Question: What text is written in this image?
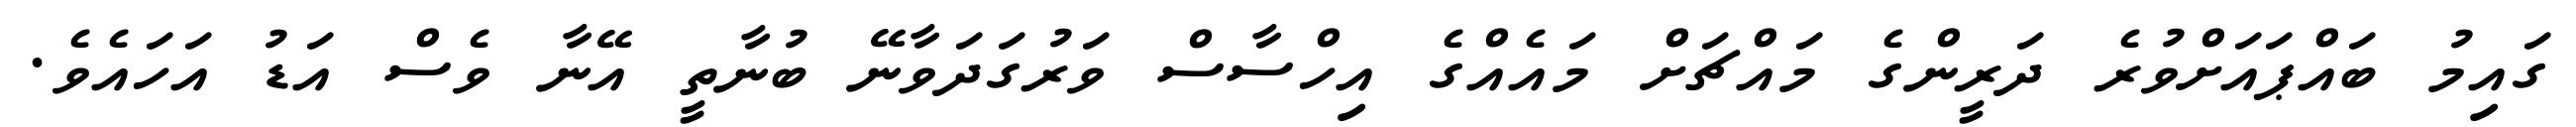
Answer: ގައިމު ބައްޕައަށްވުރެ ދަރީންގެ މައްޗަށް މައެއްގެ އިހްސާސް ވަރުގަދަވާނޭ ބުނާތީ އޭނާ ވެސް އަޑު އަހައެވެ.